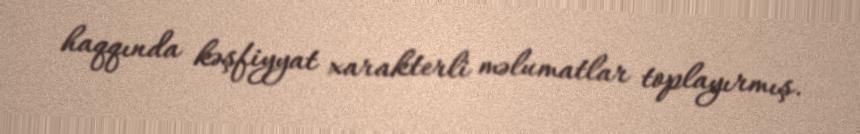
haqqında kəşfiyyat xarakterli məlumatlar toplayırmış.